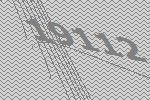
19112